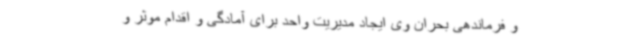
و فرماندهی بحران وی ایجاد مدیریت واحد برای آمادگی و اقدام موثر و